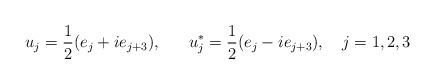
LaTeX: \begin{align*}u_{j} = \frac{1}{2} (e_{j} +i e_{j+3}) , ~~~~~u_{j}^{*} = \frac{1}{2} (e_{j} -i e_{j+3}) , ~~~j=1,2,3\end{align*}